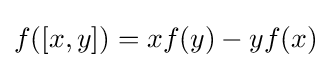
f([x,y])=xf(y)-yf(x)